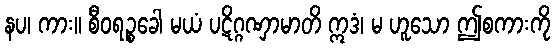
နပ၊ ကား။ စီဝရဉ္စခေါ မယံ ပဋိဂ္ဂဏှာမာတိ ဣဒံ၊ မ ဟူသော ဤစကားကို